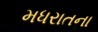
મધરાતના